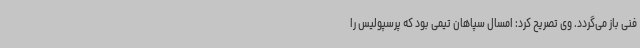
فنی باز می‌گردد. وی تصریح کرد: امسال سپاهان تیمی بود که پرسپولیس را